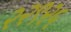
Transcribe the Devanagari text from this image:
२२९२५